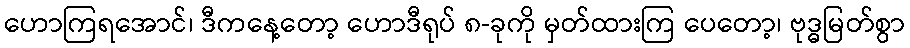
ဟောကြရအောင်၊ ဒီကနေ့တော့ ဟောဒီရုပ် ၈-ခုကို မှတ်ထားကြ ပေတော့၊ ဗုဒ္ဓမြတ်စွာ